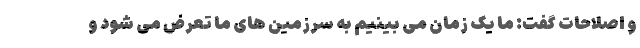
و اصلاحات گفت: ما یک زمان می بینیم به سرزمین های ما تعرض می شود و